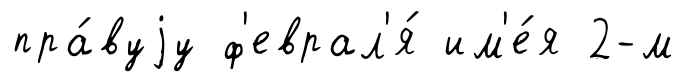
пра́вуjу ф'еврал'я́ им'е́я 2-м